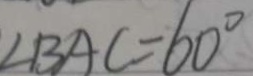
\angle B A C = 6 0 ^ { \circ }